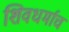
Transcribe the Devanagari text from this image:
शिवधर्माचं